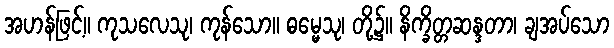
အဟန်ဖြင့်။ ကုသလေသု၊ ကုန်သော။ ဓမ္မေသု၊ တို့၌။ နိက္ခိတ္တဆန္ဒတာ၊ ချအပ်သော